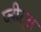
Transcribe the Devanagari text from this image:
प्लीट्स